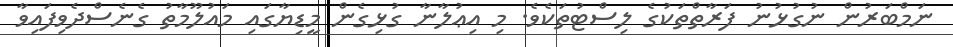
ނަމްބަރުން ނުގުޅުނު ފަރާތްތަކުގެ ލިސްޓުތަކެވެ. މި އިޢުލާނާ ގުޅިގެން މީޑިޔާގައި މައުލޫމާތު ގެނެސްދެވިފައިވާ